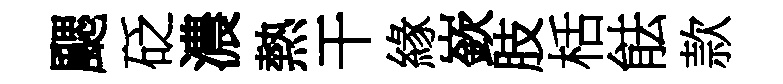
颸砭濃熱干緣嶔肢栝䏻款